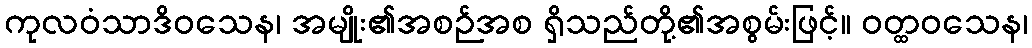
ကုလဝံသာဒိဝသေန၊ အမျိုး၏အစဉ်အစ ရှိသည်တို့၏အစွမ်းဖြင့်။ ဝတ္ထဝသေန၊